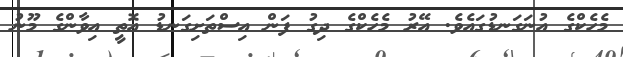
މެހެކްގެ އުނަގަނޑުގައެވެ. އޭރު މެހެކްގެ ދިގު ފަން އިސްތަށިގަނޑު އޮތީ އިވާންގެ މޫނު